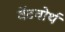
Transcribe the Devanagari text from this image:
वेंटवोर्थ